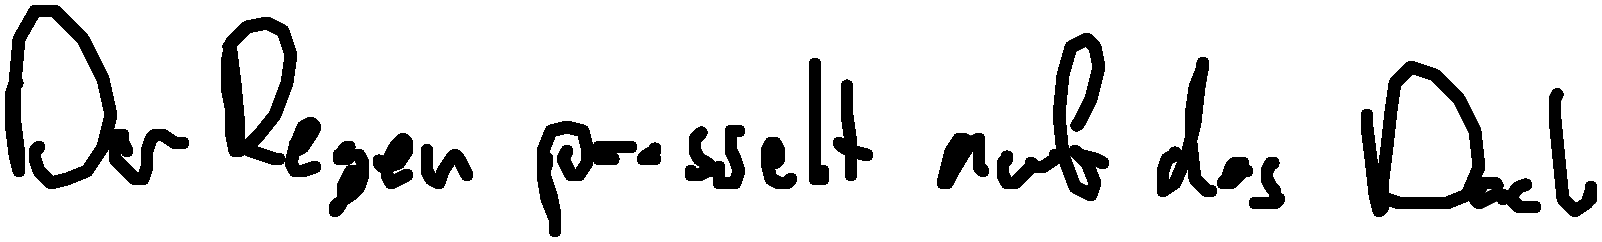
Der Regen prasselt auf das Dach.